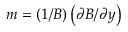
m = \left( 1 / B \right) \left( \partial B / \partial y \right)